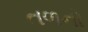
તળનો